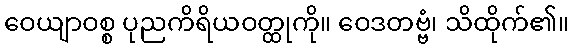
ဝေယျာဝစ္စ ပုညကိရိယဝတ္ထုကို။ ဝေဒတဗ္ဗံ၊ သိထိုက်၏။